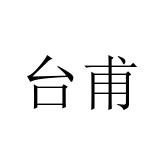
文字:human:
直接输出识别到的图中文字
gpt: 台甫